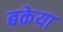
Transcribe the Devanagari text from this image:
बकेया